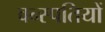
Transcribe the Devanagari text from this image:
वन्स्पतियों